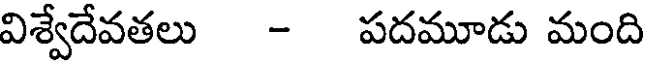
విశ్వేదేవతలు - పదమూడు మంది